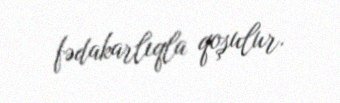
fədakarlıqla qoşulur.